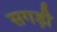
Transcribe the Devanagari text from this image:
सगड़ी